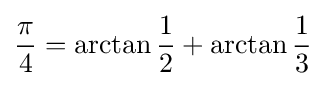
{\frac {\pi }{4}}=\arctan {\frac {1}{2}}+\arctan {\frac {1}{3}}